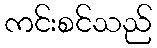
ကင်းစင်သည်